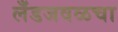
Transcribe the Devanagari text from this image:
लँडजवळचा